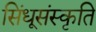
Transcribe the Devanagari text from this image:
सिंधूसंस्कृति